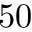
5 0